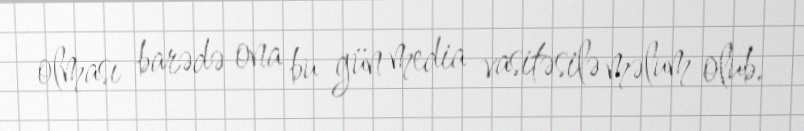
olması barədə ona bu gün media vasitəsilə məlum olub.